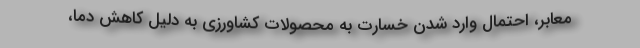
معابر، احتمال وارد شدن خسارت به محصولات کشاورزی به دلیل کاهش دما،